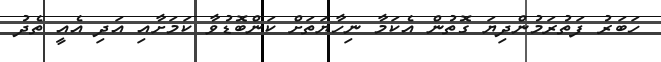
ހަބަރު ފަތުރަމުންދިޔަ ގޮތުން އެކަމާ ނިހާޔަތަށް ކަންބޮޑުވާ ކަމަށާއި އަދި އެއީ ތެދު